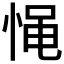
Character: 𰑪